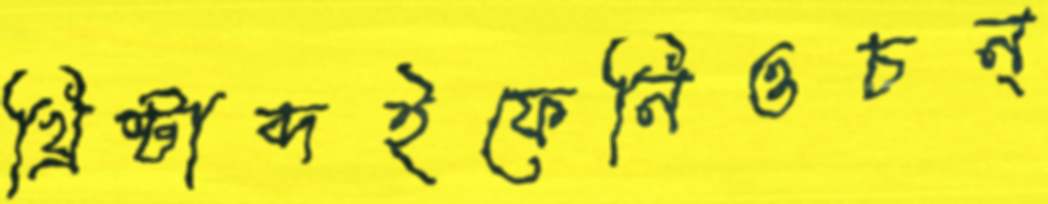
খ্রিষ্টাব্দইফেনিওচন্